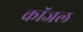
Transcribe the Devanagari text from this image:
कॉजल